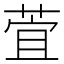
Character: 萓